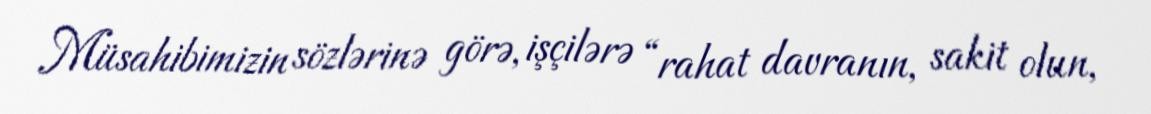
Müsahibimizin sözlərinə görə, işçilərə “rahat davranın, sakit olun,